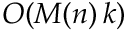
O ( M ( n ) \, k )